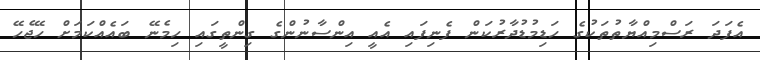
އެފަދަ ރަސްމިއްޔާތުތަކުގެ ހަޑިމުޑުދާރުކަން ފެނިފައި އެއީ އިންސާނުންގެ ގިންތީގައި ހިމެނޭ ބައެއްކަމަށް ހޭޖެހޭ